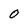
Character: 0